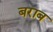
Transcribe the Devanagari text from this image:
बराब